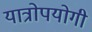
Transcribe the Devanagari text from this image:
यात्रोपयोगी